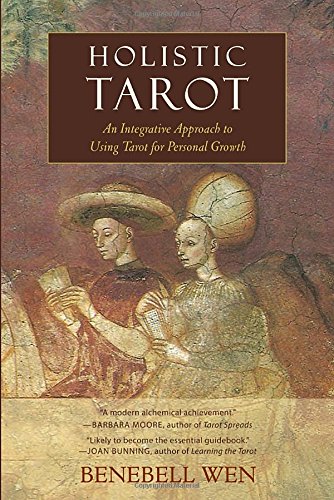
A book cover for Holistic Tarot: An Integrative Approach to Using Tarot for Personal Growth; Benebell Wen; Medical Books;